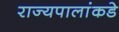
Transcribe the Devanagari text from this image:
राज्यपालांकडे